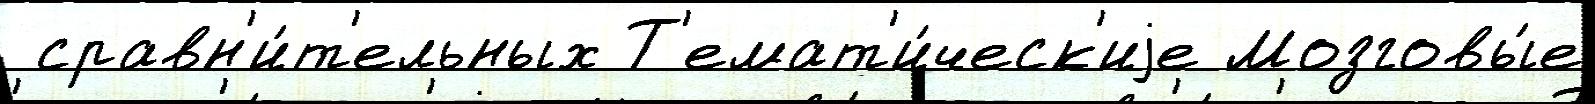
 сравн'и́т'ельных Т'емат'и́ческ'иjе Мозговы́е